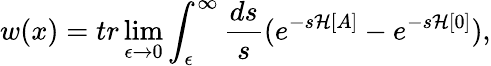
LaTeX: w(x)=tr\operatorname*{lim}_{\epsilon\to 0}\int_{\epsilon}^{\infty}\frac{ds}{s}(e^{-s{\mathcal H}[A]}-e^{-s{\mathcal H}[0]}),